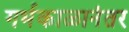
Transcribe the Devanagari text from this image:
गर्भकाळानंतर